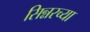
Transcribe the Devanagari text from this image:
सिन्नरच्या